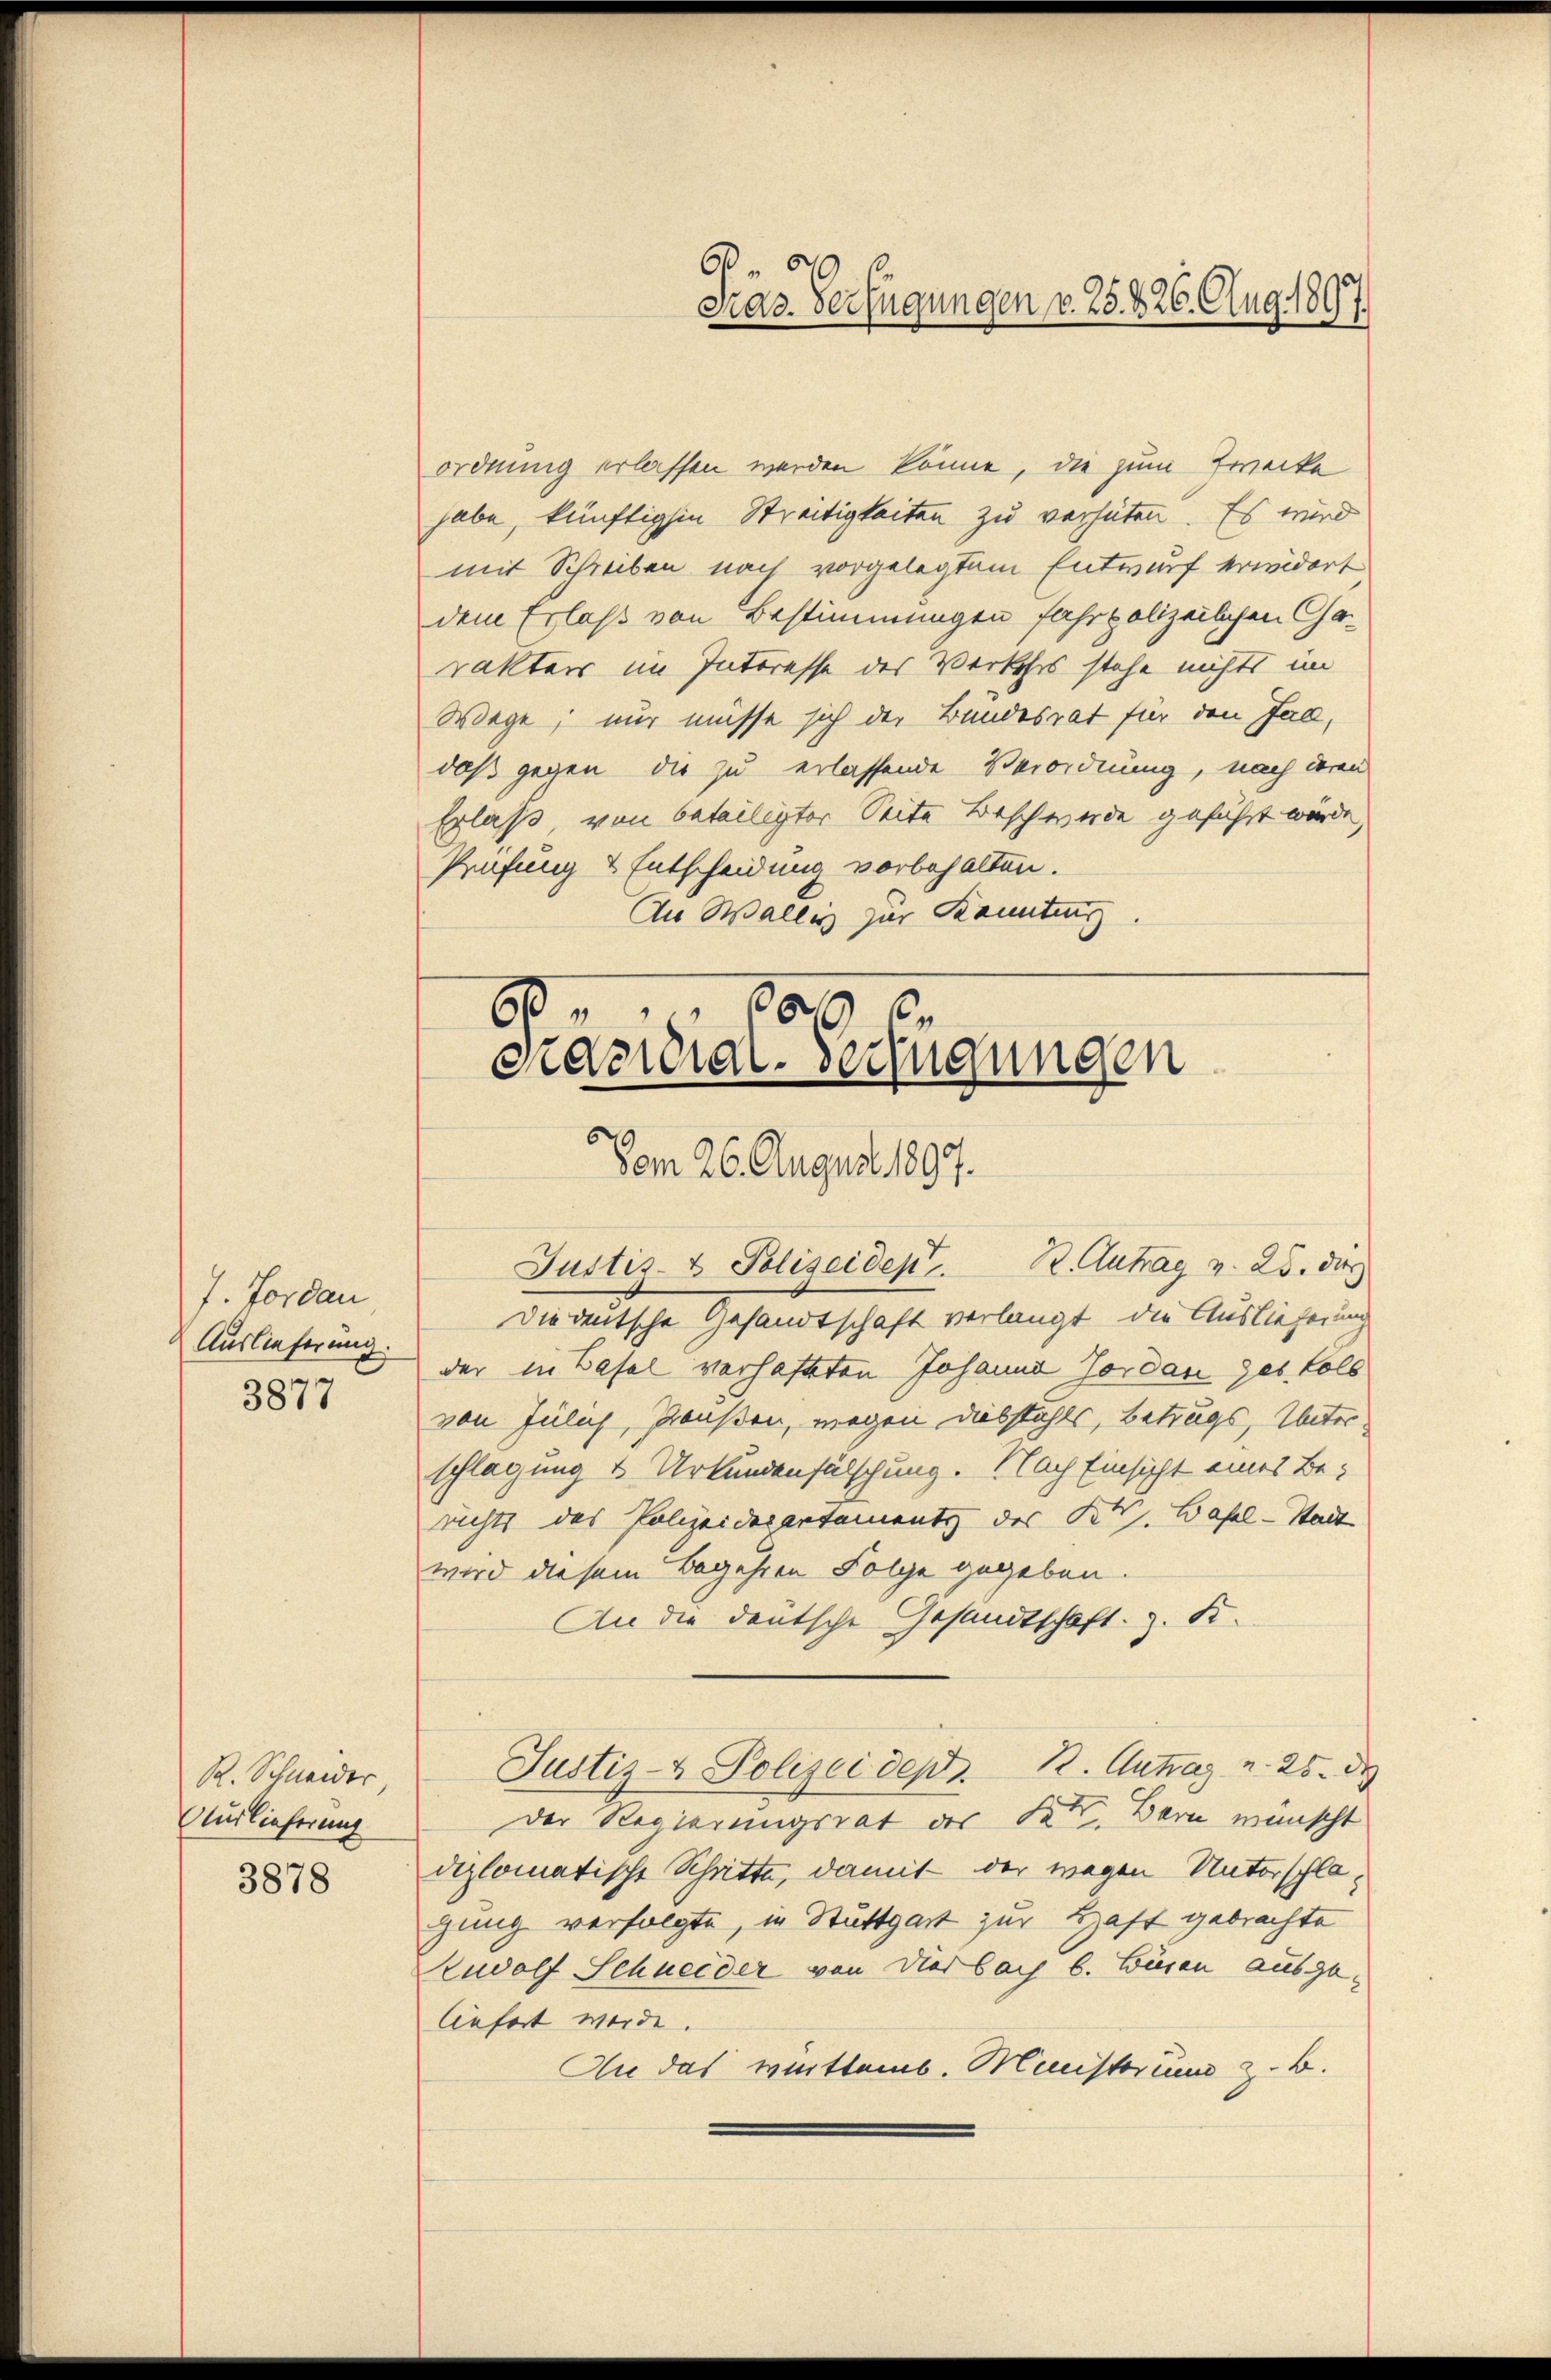
7. Tordan
Auslieferung.
3877

R. Schneider
Auslieferung
3878

ordnung erlassen werden könne, die zum Zwecke
habe, künftigen Streitigkeiten zu verhüten. Es wird
mit Schreiben nach vorgelegtem Entwurf erwidert
dem Erlaß von Bestimmungen fahr polizeilichen Carakters im Interesse des Verkehrs stehe nichts im
Wege; nur müsse sich der Bundesrat für den Fall,
daß gegen die zu erlassende Verordnung, nach deren
Erlaße, von beteiligter Seite Beschwerde gesucht würde,
Prüfung & Entscheidung vorbehalten.
An Wallis zur Kennting.

Justiz- & Polizeidept. K. Antrag v. 25. dies
Die deutsche Gesandtschaft verlangt, die Auslieferung
der in Basel verhafteten Johanna Jordan des Coll
von Julich, Preußen, wegen Diebstahls, Betrugs, Unterschlagung v. Urkundenfälschung. Nach Einsicht eines Be-
richts das Polizeidepartements des Kt. Basel-Stadt
wird diesem Begehren Folge gegeben.
An die deutsche Gesandtschaft z. B.
Justiz- & Polizei depo. 2. Antrag u. 25. d
Der Regierungsrat des Kt. Bern wünscht
diplomatische Schritte, damit der wegen Unterschlagung verfolgte, in Stuttgart zur Haft gebrachte
Rudolf Schneider von derbach b. Bären ausge-
liefert werde.
An das württemb. Ministerum z. B.

3
Kras. Verfügungen v. 25. 426. Aug. 1897.)

60
819
¬
orderial-Versuchungen
Vom 26. August 1897.